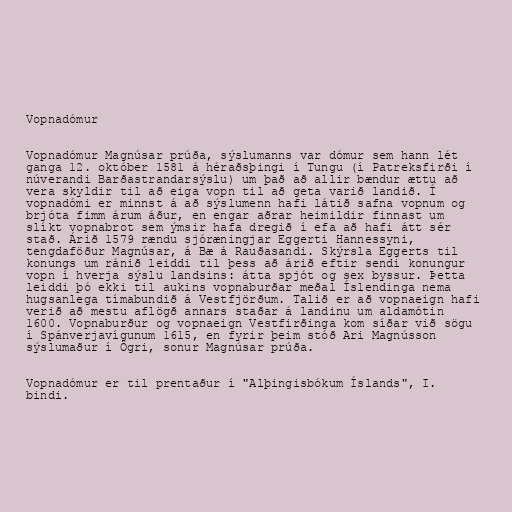
Vopnadómur

Vopnadómur Magnúsar prúða, sýslumanns var dómur sem hann lét
ganga 12. október 1581 á héraðsþingi í Tungu (í Patreksfirði í
núverandi Barðastrandarsýslu) um það að allir bændur ættu að
vera skyldir til að eiga vopn til að geta varið landið. Í
vopnadómi er minnst á að sýslumenn hafi látið safna vopnum og
brjóta fimm árum áður, en engar aðrar heimildir finnast um
slíkt vopnabrot sem ýmsir hafa dregið í efa að hafi átt sér
stað. Árið 1579 rændu sjóræningjar Eggerti Hannessyni,
tengdaföður Magnúsar, á Bæ á Rauðasandi. Skýrsla Eggerts til
konungs um ránið leiddi til þess að árið eftir sendi konungur
vopn í hverja sýslu landsins: átta spjót og sex byssur. Þetta
leiddi þó ekki til aukins vopnaburðar meðal Íslendinga nema
hugsanlega tímabundið á Vestfjörðum. Talið er að vopnaeign hafi
verið að mestu aflögð annars staðar á landinu um aldamótin
1600. Vopnaburður og vopnaeign Vestfirðinga kom síðar við sögu
í Spánverjavígunum 1615, en fyrir þeim stóð Ari Magnússon
sýslumaður í Ögri, sonur Magnúsar prúða.

Vopnadómur er til prentaður í "Alþingisbókum Íslands", I.
bindi.